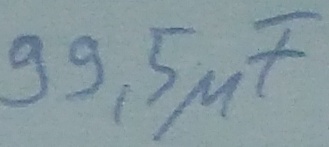
Text: 99,5µF